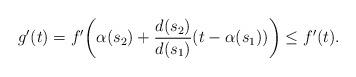
LaTeX: \begin{align*} g'(t) = f'\bigg(\alpha(s_2)+\frac{d(s_2)}{d(s_1)}(t-\alpha(s_1))\bigg) \leq f'(t). \end{align*}